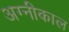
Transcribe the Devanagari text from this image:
अग्नीकाल